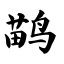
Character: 鹋